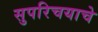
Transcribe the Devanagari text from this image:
सुपरिचयाचे